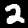
Digit: 2